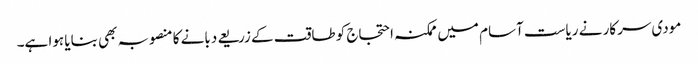
مودی سرکار نے ریاست آسام میں ممکنہ احتجاج کو طاقت کے زریعے دبانے کا منصوبہ بھی بنایا ہوا ہے۔